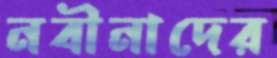
নবীনাদের